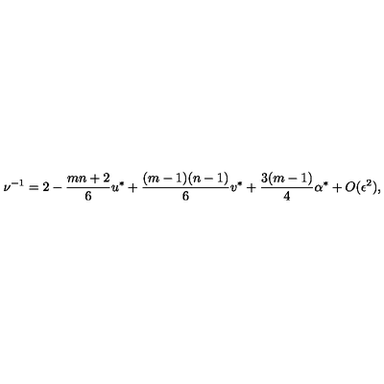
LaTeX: \nu ^ { - 1 } = 2 - { \frac { m n + 2 } { 6 } } u ^ { \ast } + { \frac { ( m - 1 ) ( n - 1 ) } { 6 } } v ^ { \ast } + { \frac { 3 ( m - 1 ) } { 4 } } \alpha ^ { \ast } + O ( \epsilon ^ { 2 } ) ,